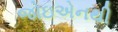
જોઇએનથી